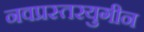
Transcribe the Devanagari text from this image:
नवप्रस्तरयुगीन